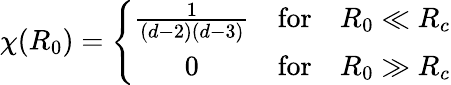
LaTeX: \chi(R_{0})=\left\{ \begin{array}{ccc}{{\frac{1}{(d-2)(d-3)}}}&{{\mathrm{for}}}&{{R_{0}\ll R_{c}}}\\ {{0}}&{{\mathrm{for}}}&{{R_{0}\gg R_{c}}}\end{array}\right.